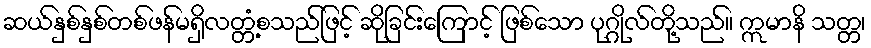
ဆယ်နှစ်နှစ်တစ်ဖန်မရှိလတ္တံ့စသည်ဖြင့် ဆိုခြင်းကြောင့် ဖြစ်သော ပုဂ္ဂိုလ်တို့သည်။ ဣမာနိ သတ္တ၊